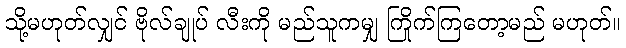
သို့မဟုတ်လျှင် ဗိုလ်ချုပ် လီးကို မည်သူကမျှ ကြိုက်ကြတော့မည် မဟုတ်။